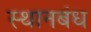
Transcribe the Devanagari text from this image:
स्थानबंध